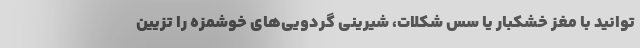
‌توانید با مغز خشکبار یا سس شکلات، شیرینی گردویی‌های خوشمزه را تزیین